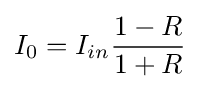
I_{0}=I_{in}{\frac {1-R}{1+R}}